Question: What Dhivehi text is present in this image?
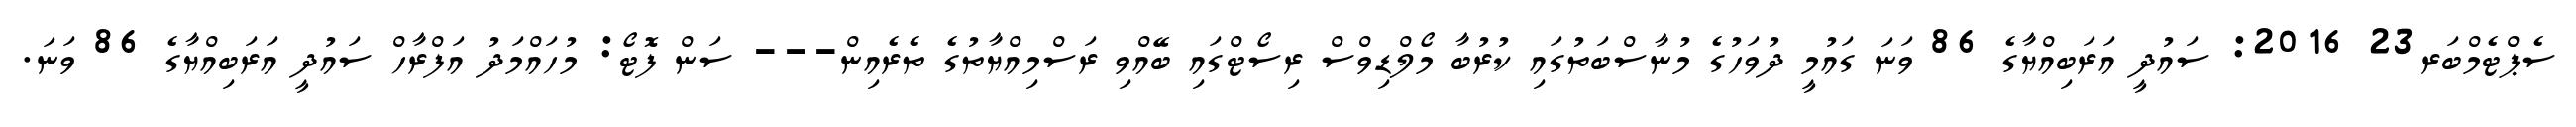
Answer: ސެޕްޓެމްބަރ23 2016: ސައުދީ އަރަބިއްޔާގެ 86 ވަނަ ގައުމީ ދުވަހުގެ މުނާސްބަތުގައި ކުރުބާ މޯލްޑިވްސް ރިސޯޓްގައި ބޭއްވި ރަސްމިއްޔާތުގެ ތެރެއިން--- ސަން ފޮޓޯ: މުހައްމަދު އަފްރާހް ސައުދީ އަރަބިއްޔާގެ 86 ވަނަ.